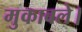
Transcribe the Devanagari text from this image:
मुकाबले।